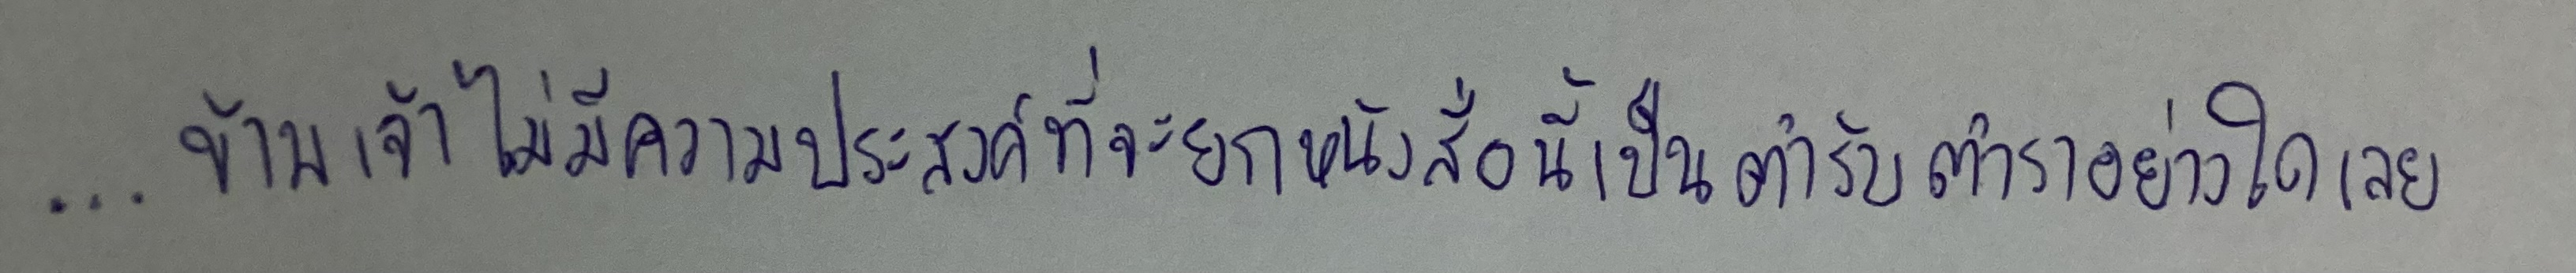
...ข้าพเจ้าไม่มีความประสงค์ที่จะยกหนังสือนี้เป็นตำรับตำราอย่างใดเลย